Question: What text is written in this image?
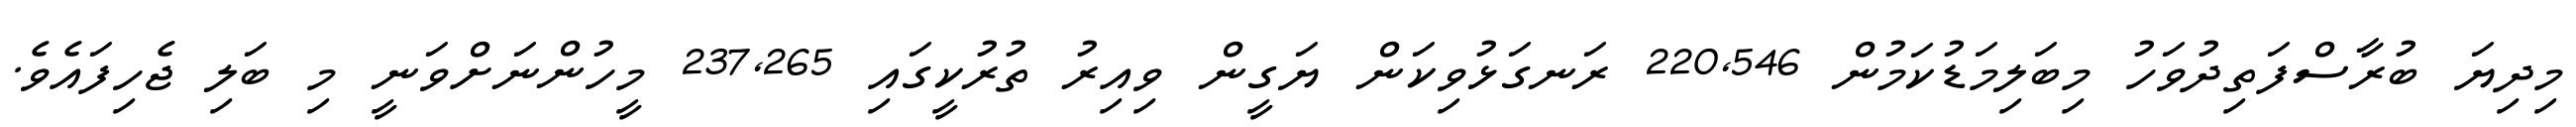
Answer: މިދިޔަ ބުރާސްފަތިދުވަހު މިބަލިމަޑުކަމުން 220,546 ރަނގަޅުވިކަން ޔަގީން ވިއިރު ތުރުކީގައި 237,265 މީހުންނަށްވަނީ މި ބަލި ޖެހިފައެވެ.